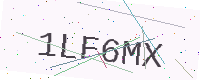
Text: 1LF6MX